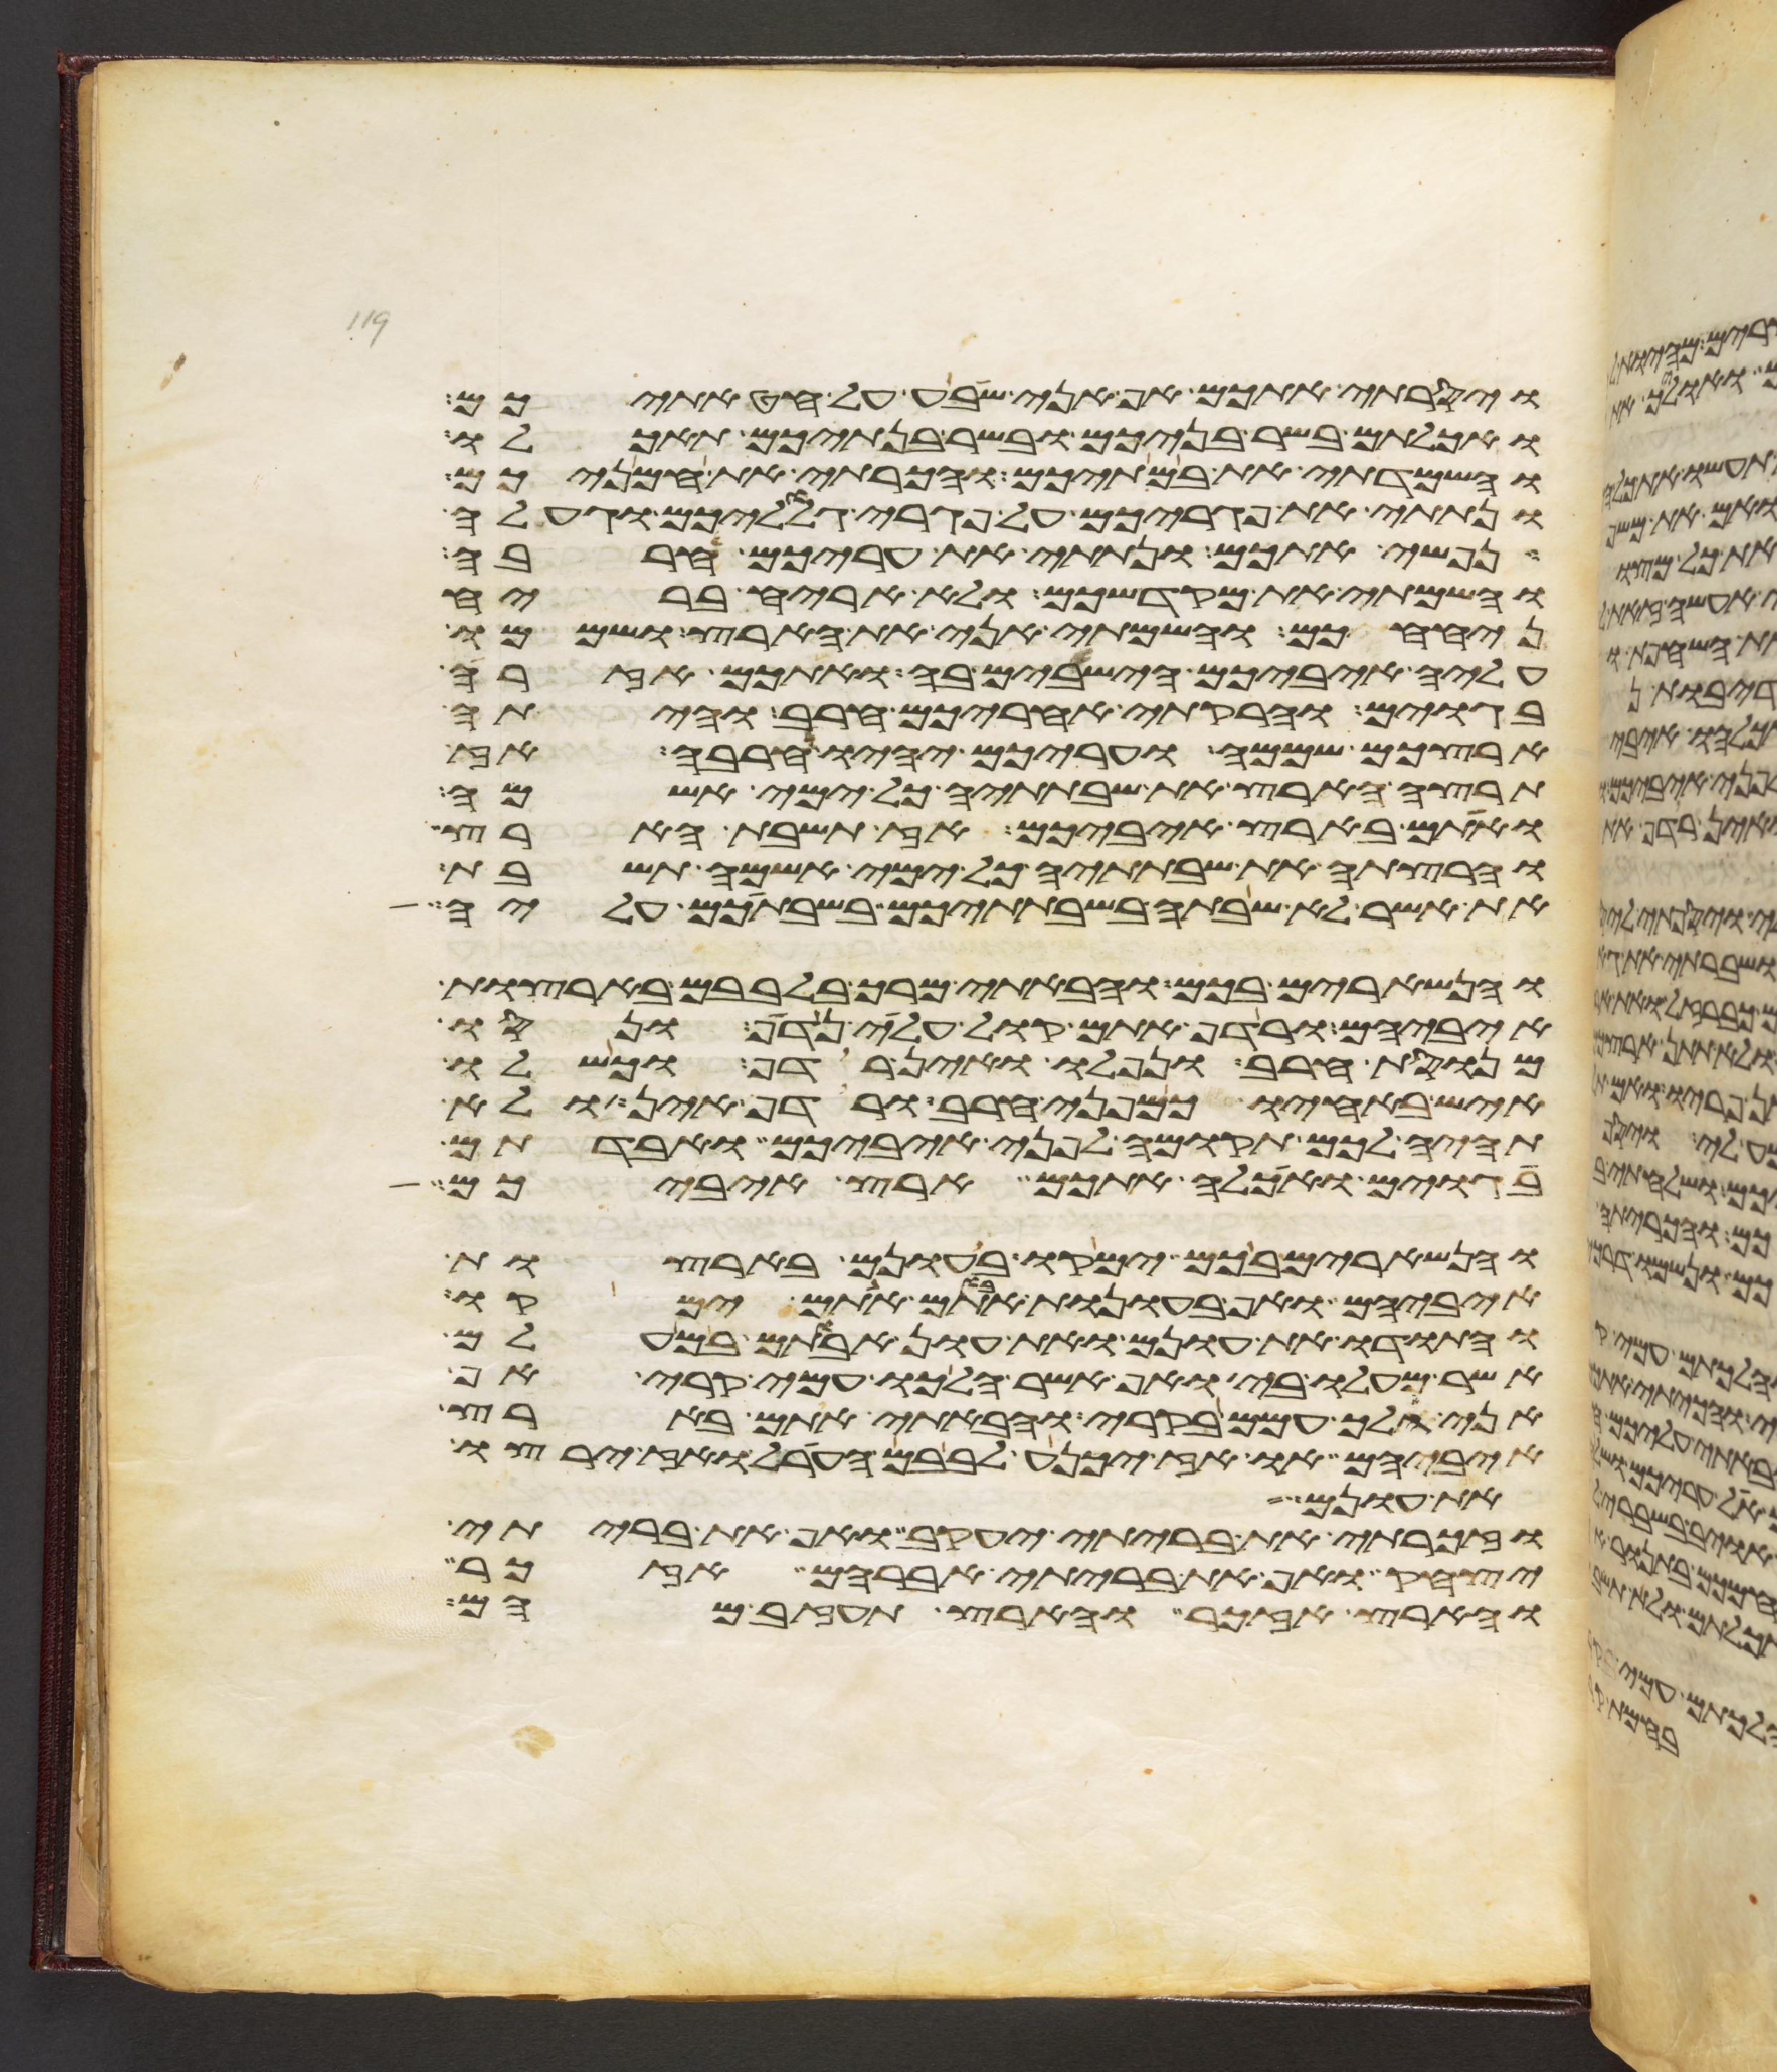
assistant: ויסרתי אתכם אף אני שבע על חטאתיכם
ואכלתם בשר בניכם ובשר בנתיכם תאכלו
והשמדתי את במתיכם והכרתי את חמניכם
ונתתי את פגריכם על פגרי גלוליכם וגעלה
נפשי אתכם ונתתי את עריכם חרבה
והשמתי את מקדשכם ולא אריח בריח
ניחחכם והשמתי אני את הארץ ושממו
עליה איביכם הישבים בה ואתכם אזרה
בגוים והרקתי אחריכם חרב והיתה
ארצכם שממה ועריכם יהיו חרבה אז
תרצה הארץ את שבתתיה כל ימי אשמה
ואתם בארץ איביכם אז תשבת הארץ
והרצתה את שבתתיה כל ימי אשמה תשבת
את אשר לא שבתה בשבתתיכם בשבתכם עליה
והנשארים בכם והבאתי מרך בלבבם בארצות
איביהם ורדף אתם קול עלי נדף ונסו
מנוסת חרב ונפלו ואין רדף וכשלו
איש באחיו כמפני חרב ורדף אין ולא
תהיה לכם תקומה לפני איביכם ואבדתם
בגוים ואכלה אתכם ארץ איביכם
והנשארים בכם ימקו בעונם בארצות
איביהם ואף בעונות אבותם אתם ימקו
והתודו את עונם ואת עון אבותם במעלם
אשר מעלו בי ואף אשר הלכו עמי בקרי אף
אני הלך עמם בקרי והבאתי אתם בארץ
איביהם או אז יכנע לבבם הערל ואז ירצו
את עונם
וזכרתי את בריתי יעקב ואף את בריתי
יצחק ואף את בריתי אברהם אזכר
והארץ אזכר והארץ תעזב מהם